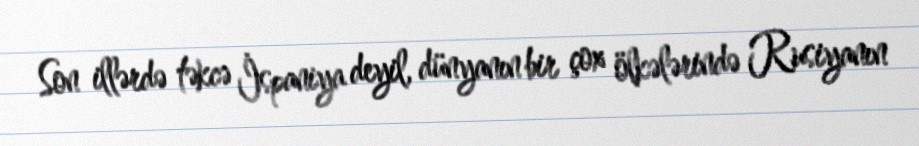
Son illərdə təkcə İspaniya deyil, dünyanın bir çox ölkələrində Rusiyanın